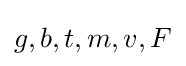
g,b,t,m,v,F